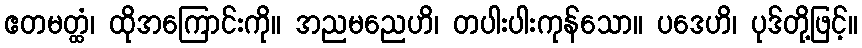
ဧတမတ္ထံ၊ ထိုအကြောင်းကို။ အညမညေဟိ၊ တပါးပါးကုန်သော။ ပဒေဟိ၊ ပုဒ်တို့ဖြင့်။